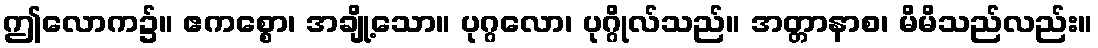
ဤလောက၌။ ဧကစ္စော၊ အချို့သော။ ပုဂ္ဂလော၊ ပုဂ္ဂိုလ်သည်။ အတ္တာနာစ၊ မိမိသည်လည်း။